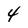
Character: 4